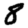
Digit: 8